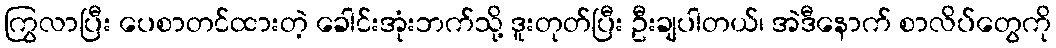
ကြွလာပြီး ပေစာတင်ထားတဲ့ ခေါင်းအုံးဘက်သို့ ဒူးတုတ်ပြီး ဦးချပါတယ်၊ အဲဒီနောက် စာလိပ်တွေကို